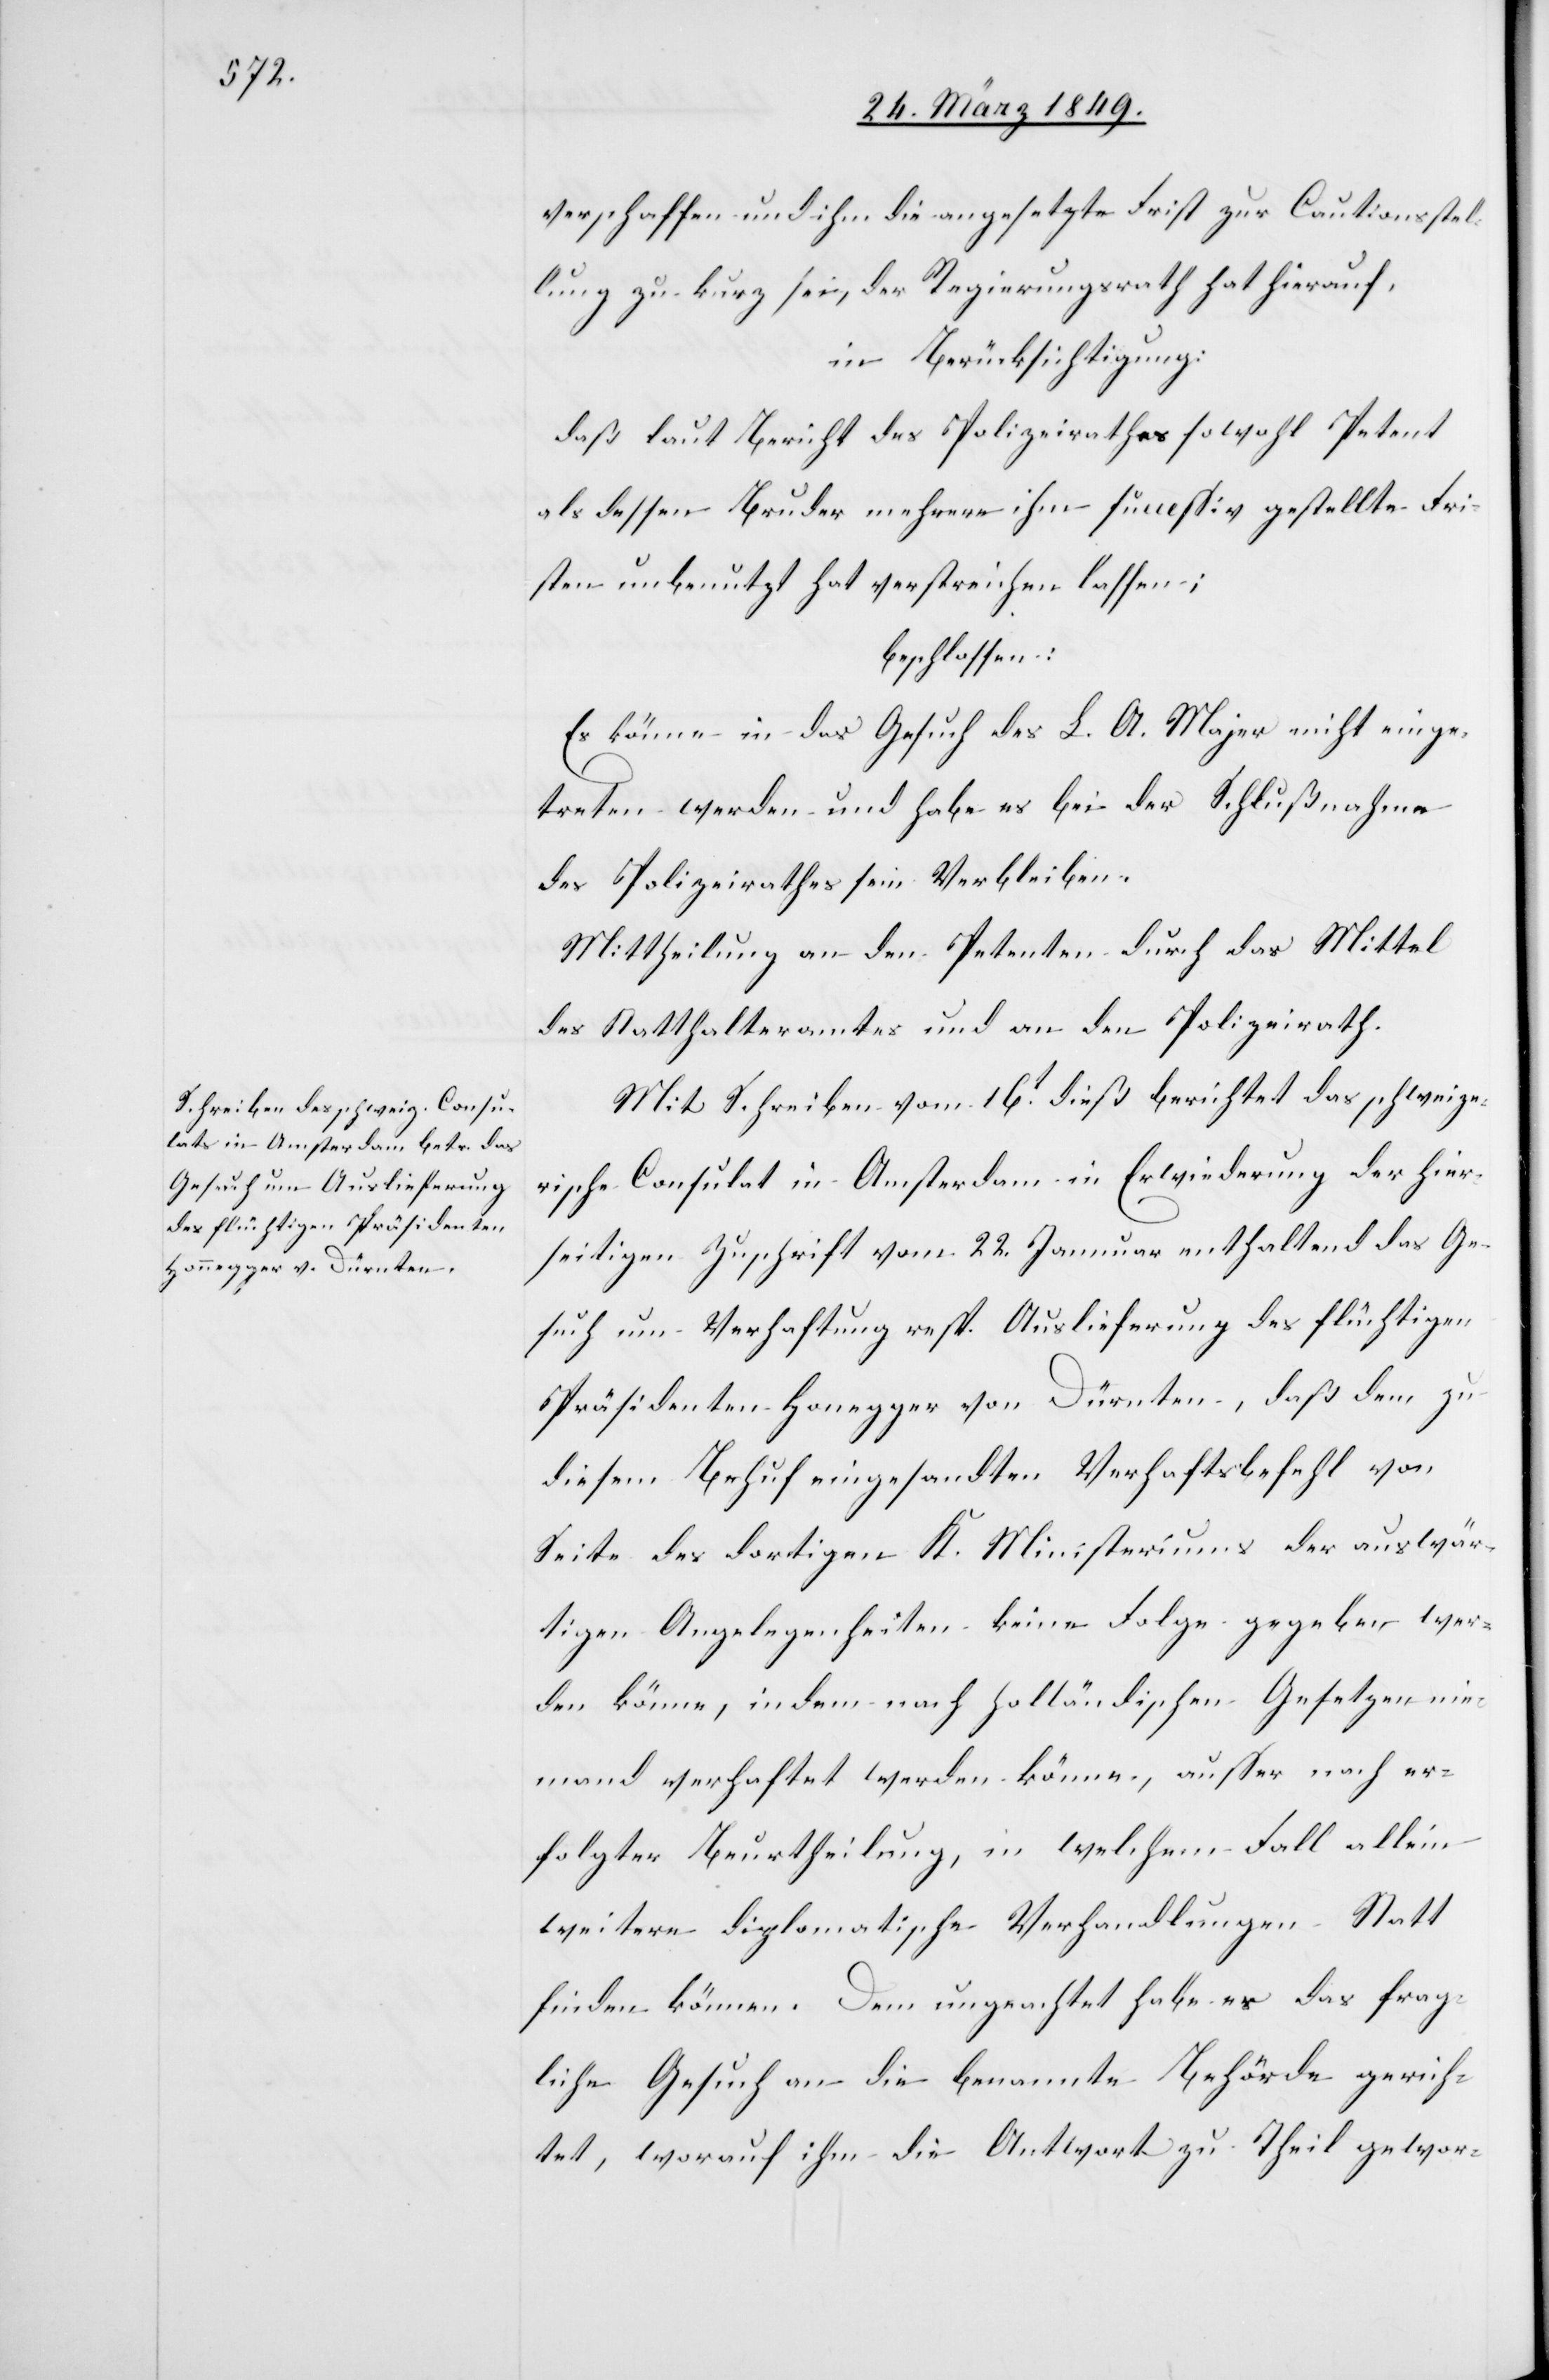
verschaffen und ihm die angesetzte Frist zur Cautionsstel¬
lung zu kurz sei, der Regierungsrath hat hierauf,
in Berücksichtigung:
daß laut Bericht des Polizeirathes sowohl Petent
als dessen Bruder mehrere ihm su[?]ssiv gestellte Fri¬
sten unbenutzt hat verstreichen lassen;
beschlossen:
Es könne in das Gesuch des L. [sic!] A. Majer nicht einge¬
treten werden und habe es bei der Schlußnahme
des Polizeirathes sein Verbleiben.
Mittheilung an den Petenten durch das Mittel
des Statthalteramtes und an den Polizeirath.
Mit Schreiben vom 16t. dieß berichtet das schweize¬
rische Consulat in Amsterdam in Erwiederung der hier¬
seitigen Zuschrift vom 22. Januar enthaltend das Ge¬
such um Verhaftung resp. Auslieferung des flüchtigen
Präsidenten Honegger von Dürnten, daß dem zu
diesem Behuf eingesandten Verhaftsbefehl von
Seite des dortigen K. Ministeriums der auswär¬
tigen Angelegenheiten keine Folge gegeben wer¬
den könne, indem nach holländischen Gesetzen nie¬
mand verhaftet werden könne, ausser nach er¬
folgter Beurtheilung, in welchem Fall allein
weitere diplomatische Verhandlungen Statt
finden können. Dem ungeachtet habe er das frag¬
liche Gesuch an die benannte Behörde gerich¬
tet, worauf ihm die Antwort zu Theil gewor-